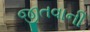
જીતવાની